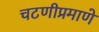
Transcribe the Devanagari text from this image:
चटणीप्रमाणे